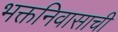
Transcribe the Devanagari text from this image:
भक्तनिवासाची